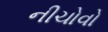
નીચોવો